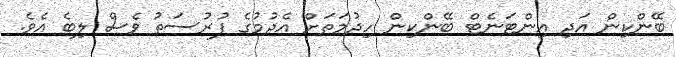
ބޭންކިން އަދި އިންޓަނެޓް ބޭންކިން ހިދުމަތަށް އެދުމުގެ ފުރުސަތު ވެސް ލިބެ އެވެ.